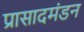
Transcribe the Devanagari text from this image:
प्रासादमंडन